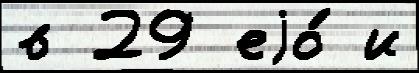
в 29 еjо́ и